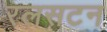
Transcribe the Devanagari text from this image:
रलसटन